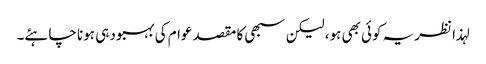
لہذا نظریہ کوئی بھی ہو، لیکن سبھی کا مقصد عوام کی بہبود ہی ہونا چاہئے۔